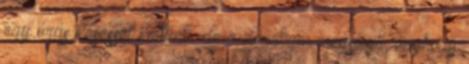
egy órás késéssel keltünk. de a derekam megsínyli, úgyhogy